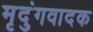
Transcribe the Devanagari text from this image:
मृदुंगवादक